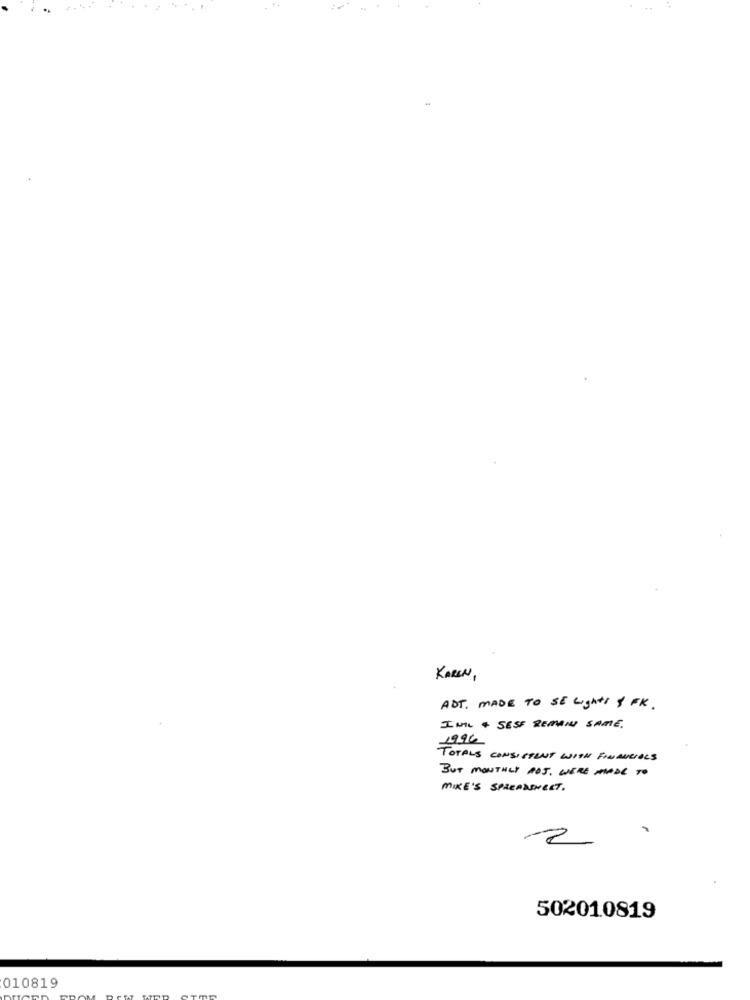
KAREN,
ADT. MADE TO SE Lights & FK .
INL + SESE REMAINS SAME.
1994
TOTALS CONSISTENT WITH FINANCIALS
BUT MONTHLY POJ, WERE MADE TO
MIKE'S SPREADSHEET .
502010819
010819